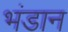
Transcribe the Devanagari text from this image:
भंडान